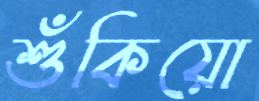
শুঁকিয়ো